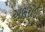
અભરાઈ